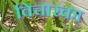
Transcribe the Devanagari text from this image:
विचारका